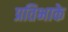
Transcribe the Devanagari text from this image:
प्रतिभाके